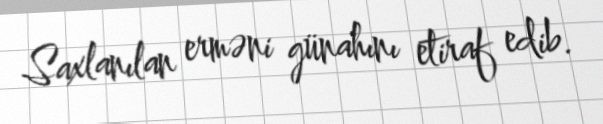
Saxlanılan erməni günahını etiraf edib.